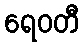
ရေဝတီ